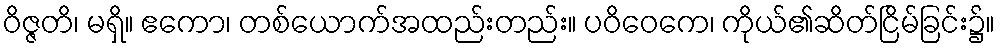
ဝိဇ္ဇတိ၊ မရှိ။ ဧကော၊ တစ်ယောက်အထည်းတည်း။ ပဝိဝေကေ၊ ကိုယ်၏ဆိတ်ငြိမ်ခြင်း၌။